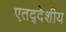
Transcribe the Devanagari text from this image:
एतद्‍देशीय